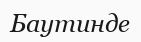
Баутинде